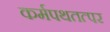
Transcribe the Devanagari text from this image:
कर्मपथतत्पर